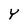
Character: Y